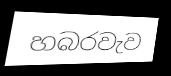
හබරවැව